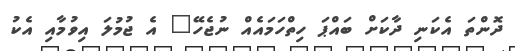
ދޮންތަ އެކަނި ދާކަށް ބައްޕަ ހިތްހަމައެއް ނުޖެހޭ" އެ ޖުމުލަ އިވުމާއި އެކު